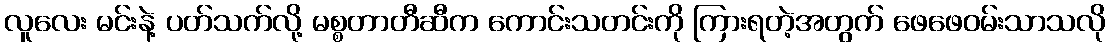
လူလေး မင်းနဲ့ ပတ်သက်လို့ မစ္စတာတီဆီက ကောင်းသတင်းကို ကြားရတဲ့အတွက် ဖေဖေဝမ်းသာသလို